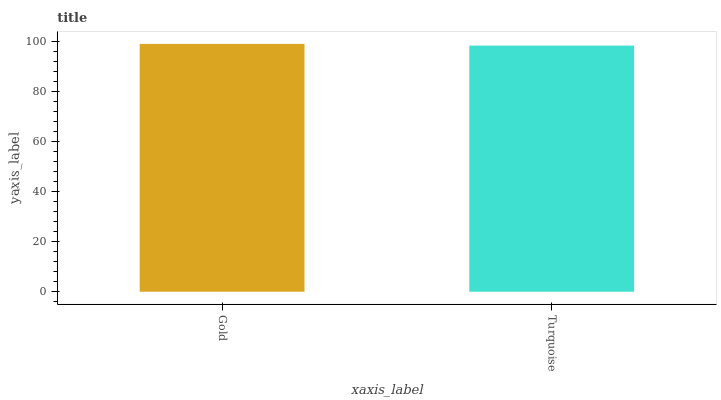
| xaxis_label | bars |
 | --- | --- |
 | Gold | 99 |
 | Turquoise | 98.3 |